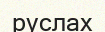
руслах